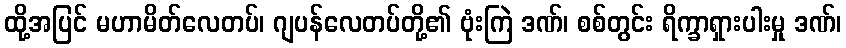
ထို့အပြင် မဟာမိတ်လေတပ်၊ ဂျပန်လေတပ်တို့၏ ဗုံးကြဲ ဒဏ်၊ စစ်တွင်း ရိက္ခာရှားပါးမှု ဒဏ်၊